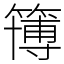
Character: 簙